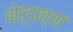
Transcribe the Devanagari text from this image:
बोर्डाच्‍या